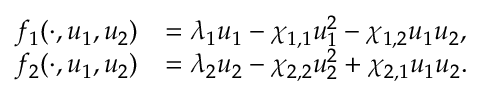
\begin{array} { r l } { f _ { 1 } ( \cdot , u _ { 1 } , u _ { 2 } ) } & { = \lambda _ { 1 } u _ { 1 } - \chi _ { 1 , 1 } u _ { 1 } ^ { 2 } - \chi _ { 1 , 2 } u _ { 1 } u _ { 2 } , } \\ { f _ { 2 } ( \cdot , u _ { 1 } , u _ { 2 } ) } & { = \lambda _ { 2 } u _ { 2 } - \chi _ { 2 , 2 } u _ { 2 } ^ { 2 } + \chi _ { 2 , 1 } u _ { 1 } u _ { 2 } . } \end{array}